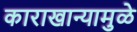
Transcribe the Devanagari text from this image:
काराखान्यामुळे